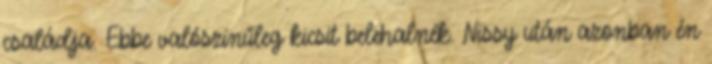
családja. Ebbe valószínűleg kicsit belehalnék. Nissy után azonban én